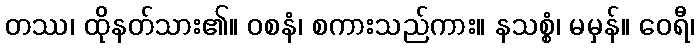
တဿ၊ ထိုနတ်သား၏။ ဝစနံ၊ စကားသည်ကား။ နသစ္စံ၊ မမှန်။ ဝေရီ၊